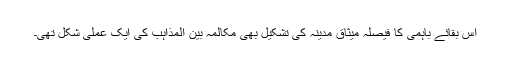
اس بقائے باہمی کا فیصلہ میثاق مدینہ کی تشکیل بھی مکالمہ بین المذاہب کی ایک عملی شکل تھی۔